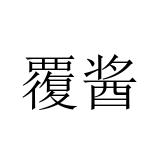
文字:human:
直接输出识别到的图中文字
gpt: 覆酱